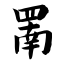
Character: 罱